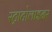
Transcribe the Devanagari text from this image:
स्ट्राटोलाइनर